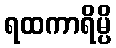
ရထကာရိမ္ပိ